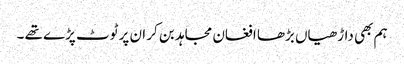
ہم بھی داڑھیاں بڑھا افغان مجاہد بن کر ان پر ٹوٹ پڑے تھے ۔